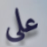
على